Annual report of the Punjab Veterinary College and of the Civil Veterinary Department, Punjab - 1926-1932
Year: 1926
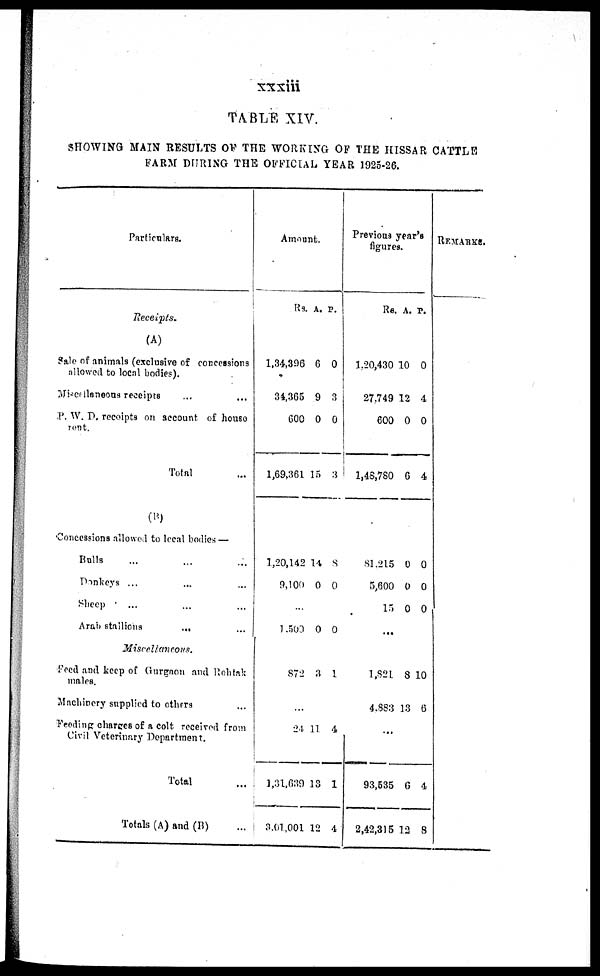
xxxiii
TABLE XIV.
SHOWING MAIN RESULTS OF THE WORKING OF THE HISSAR CATTLE
FARM DURING THE OFFICIAL YEAR 1925-26.
Particulars.
Receipts.
(A)
Sale of animals (exclusive of concessions
allowed to local bodies).
Miscellanoous receipts ... ...
P. W. D. receipts on account of house
rent.
Total ...
(B)
Concessions allowed to local bodies —
Bulls ... ... ...
Donkeys ... ... ...
Sheep ... ... ...
Arab stallions
... ...
Miscellaneous.
Feed and keep of Gurgaon and Rohtak
males.
Machinery supplied to others ...
Feeding charges of a colt received from
Civil Veterinary Department.
Total ...
Totals (A) and (B) ...
Amount.
Rs.
1,34,396
34,365
60
1,69,361
1,20,142
9,100
...
1,500
872
...
24
1,31,639
3.01,001
A.
6
9
0
15
14
0
0
3
11
13
12
P.
0
3
0
3
8
0
0
1
4
1
4
Previous year's
figureres.
Rs.
1,20,430
27.749
600
1,48,780
81,215
5,600
15
...
1,821
4.883
...
93,535
2,42,315
A.
10
12
0
6
0
0
0
8
13
6
12
P.
0
4
0
4
0
0
0
10
6
4
8
REMARKS.